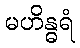
မဟိန္ဓရံ